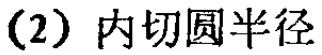
(2) 内切圆半径